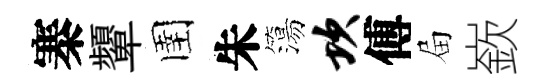
寨顰圉朱簜坎傅屇嶔